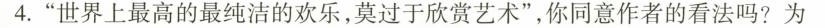
4.“世界上最高的最纯洁的欢乐,莫过子欣赏艺术”,你同意作者的看法吗?为